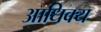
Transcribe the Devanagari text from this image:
आधिक्‍य